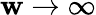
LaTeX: \mathbf{w}\to\infty